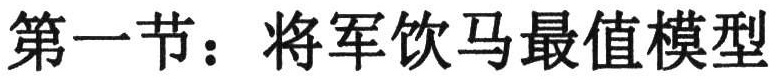
第一节：将军饮马最值模型